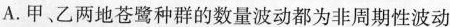
A.甲、乙两地苍鹭种群的数量波动都为非周期性波动